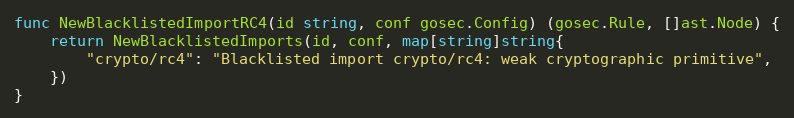
Language: Go
func NewBlacklistedImportRC4(id string, conf gosec.Config) (gosec.Rule, []ast.Node) {
	return NewBlacklistedImports(id, conf, map[string]string{
		"crypto/rc4": "Blacklisted import crypto/rc4: weak cryptographic primitive",
	})
}